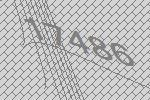
17486